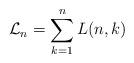
LaTeX: \begin{align*}\mathcal{L}_n=\sum_{k=1}^{n}L(n,k)\end{align*}